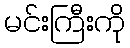
မင်းကြီးကို